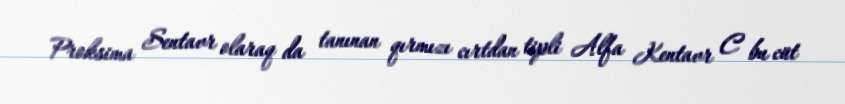
Proksima Sentavr olaraq da tanınan qırmızı cırtdan tipli Alfa Kentavr C bu cüt